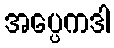
အပ္ပေကဒါ